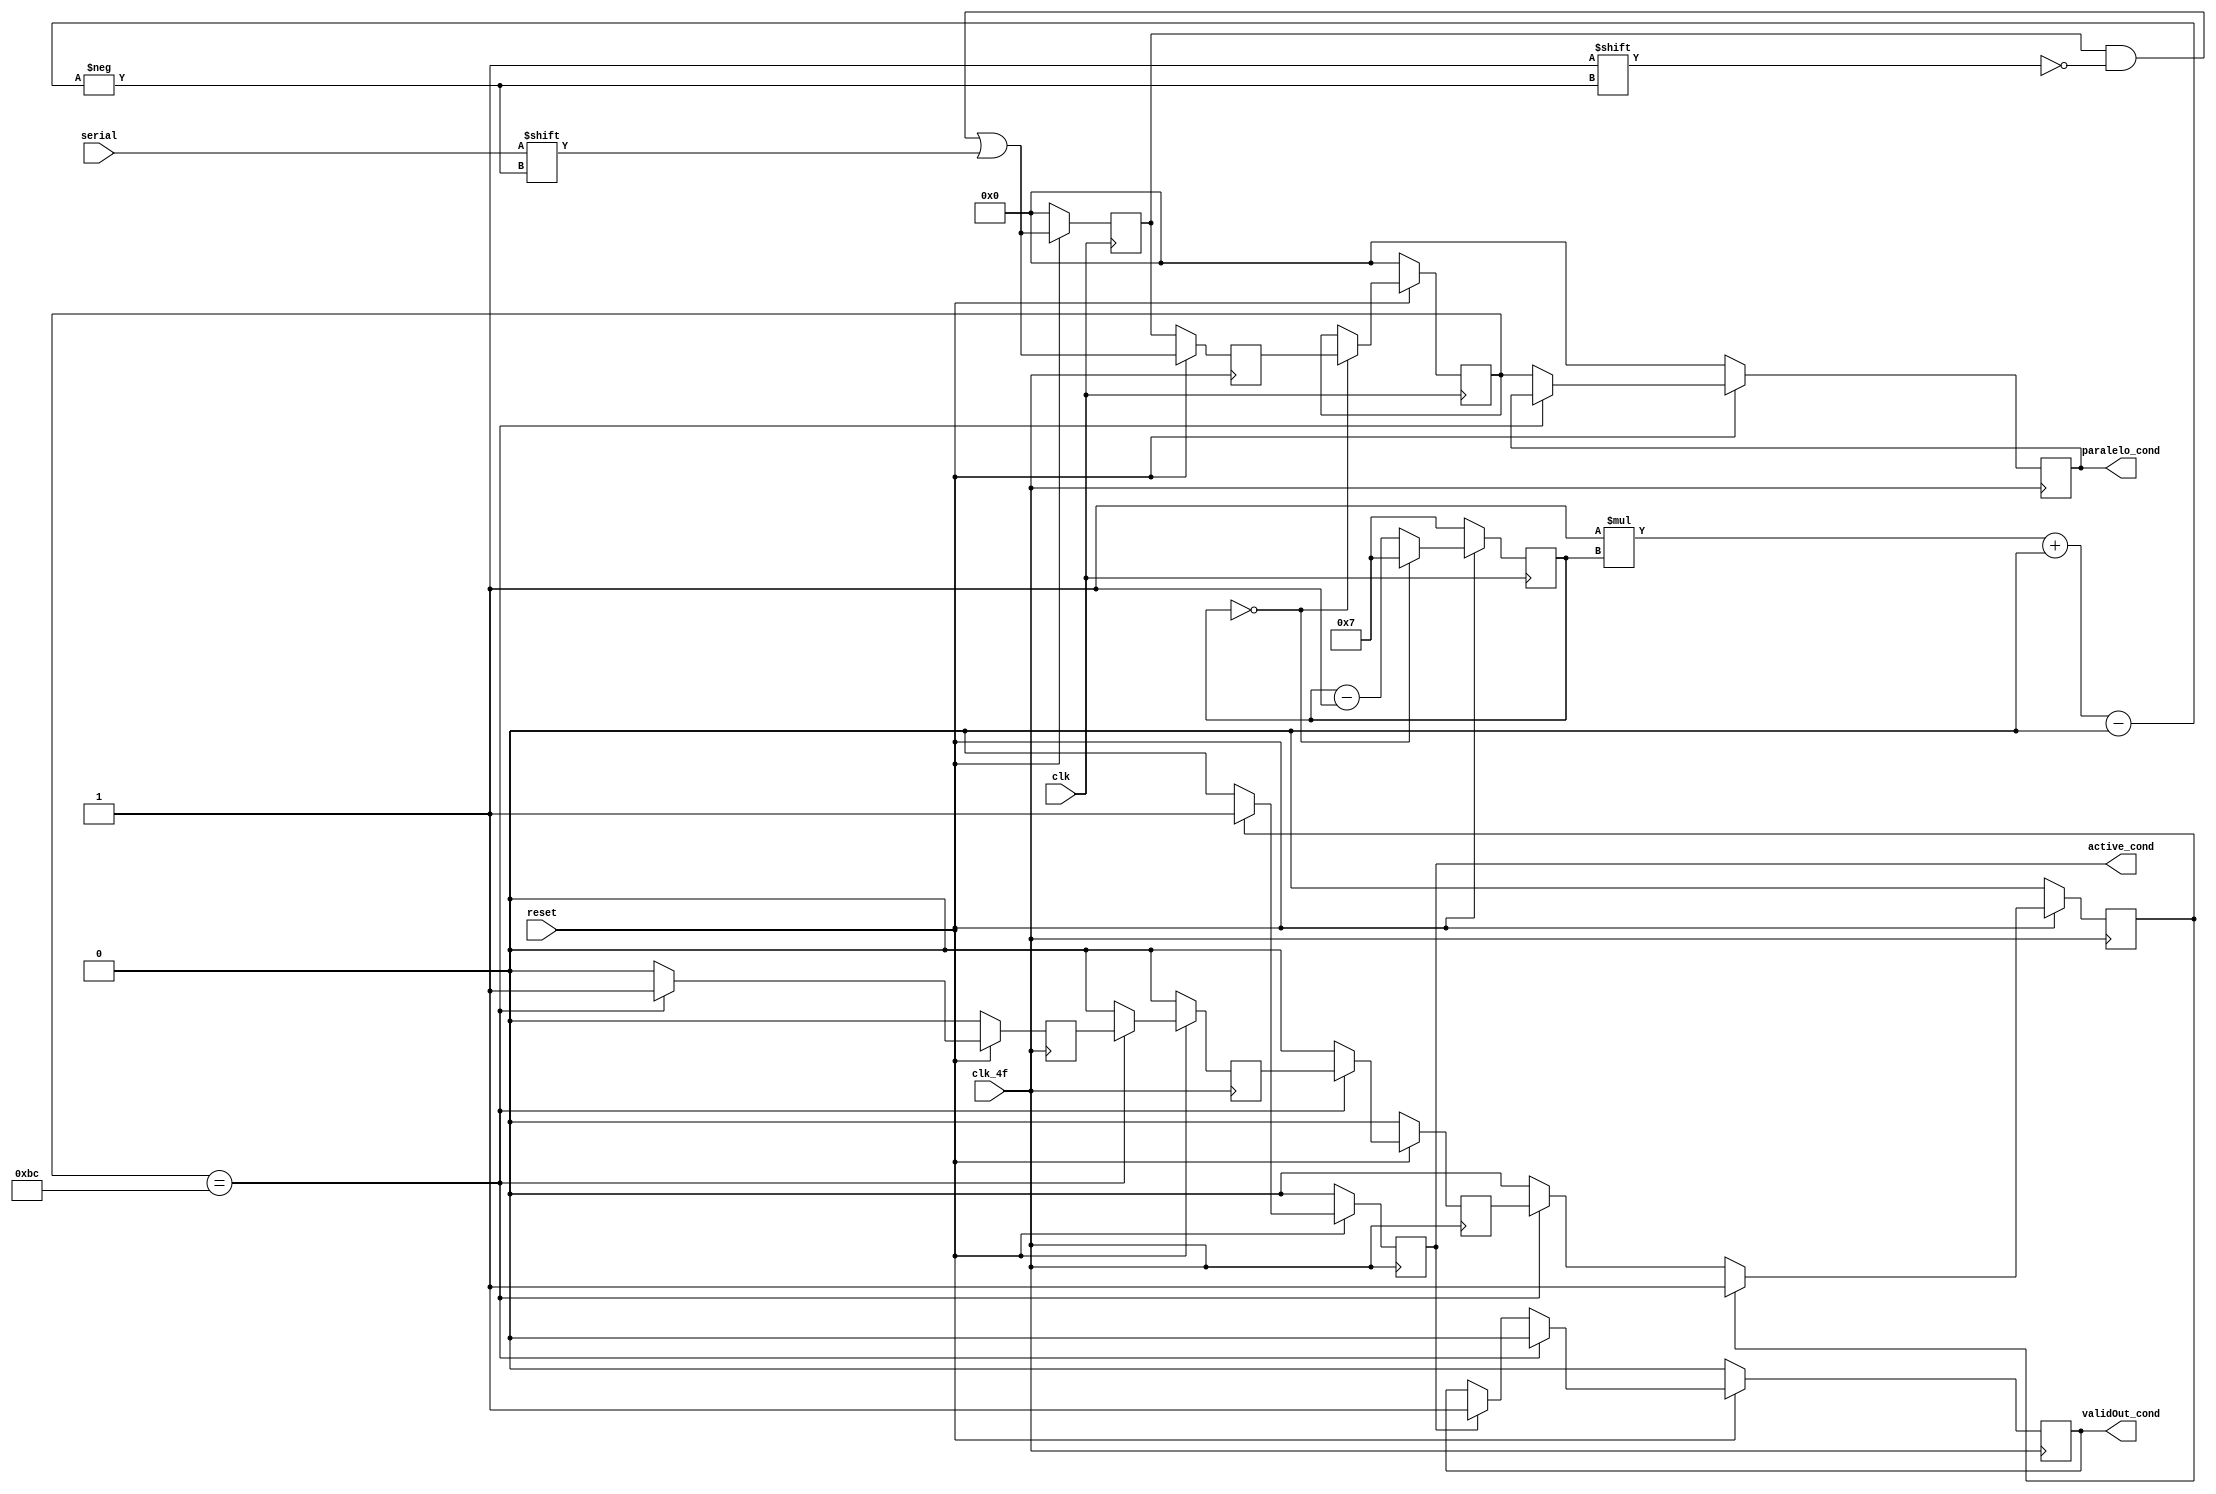
module SerialParalelo_PhyRX(
    input clk,
    input clk_4f,
    input serial,
    input reset, 
    output reg [7:0] paralelo_cond,
    output reg validOut_cond,
    output reg active_cond
);

reg BC_counter = 0;
reg[3:0] i = 'b0;
reg[7:0] temp = 'b0;
reg[7:0] temp2 = 'b0;
reg[7:0] temp3 = 'b0;
reg[7:0] data2send = 'b0;
reg aux1 = 0;
reg aux2 = 0;
reg aux3 = 0;

always  @(posedge clk)begin
    if(reset == 1) begin
        i <= i-1;
        if (i == 0) begin
            i <= 7;
            temp2 = temp;
        end
        temp3[1*i+:1] <= serial;
    end 
	else begin
        i <= 7;
        temp2 <= 'b0;
        temp3 <= 'b0;
    end
end

always @(posedge clk_4f)begin
    if(reset == 0)begin
        active_cond <= 0;
        validOut_cond <= 0;
        //data2send = 8'b00000000;
        aux1 <= 0;
        aux2 <= 0;
        aux3 <= 0;
        BC_counter <= 0;
        paralelo_cond <= 'b0;
    end
    else begin
        if (temp2 == 8'b10111100) begin
            aux1 <= 1;
            aux2 <= aux1;
            aux3 <= aux2;
            BC_counter <= aux3;
            validOut_cond<=0;
            active_cond <= 0;
        end else begin
            aux1 = 0;
            aux2 = 0;
            aux3 = 0;
            active_cond <= 0;
            paralelo_cond <= temp2;
            if (active_cond == 1)
                validOut_cond <=1;
        end
        if (BC_counter == 1)begin
            active_cond <= 1;
            BC_counter <=1;
        end
        if (BC_counter == 0)begin
            active_cond <= 0;
        end
    end
end

always @(posedge clk_4f)begin
    temp = temp3;
    if(reset ==1)begin
        temp[1*i+:1] = serial;
    end
    data2send<=temp2;
end

endmodule